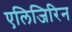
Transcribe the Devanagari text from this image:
एलिजिरिन